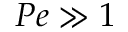
P e \gg 1